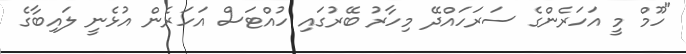
"ހޫމް މީ އަހަރެންގެ ސަރަހައްދޭ މިހާރު ބޭރުގައި ހުއްޓަސް އަހަރެން އުޅެނީ ލައިބާގެ